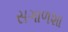
સગાળશા